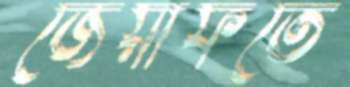
জেয়াফতে